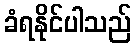
ခံရနိုင်ပါသည်